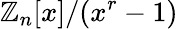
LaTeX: \mathbb{Z}_{n}[x]/(x^{r}-1)